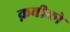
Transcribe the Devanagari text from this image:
क़बीलो